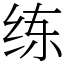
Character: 练